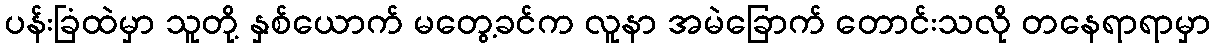
ပန်းခြံထဲမှာ သူတို့ နှစ်ယောက် မတွေ့ခင်က လူနာ အမဲခြောက် တောင်းသလို တနေရာရာမှာ